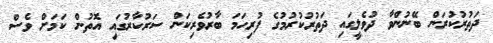
ދަތުރުކުރަން ބޭނުންވާ ދުވެލީގައި ދަތުރުކުރުމުގެ ފުރިހަމަ ބާރުވެރިކަން ސަރުކާރުގައި އޮތުން ކަމަށް ވެސް